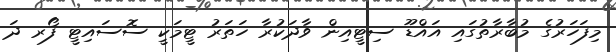
މިފަހަރުގެ މުބާރާތުގައި އައްޑޫ ސިޓީއިން ވާދަކުރާ ހަތަރު ޓީމަކީ ސޮސައިޓީ ފޯރ ދަ